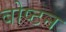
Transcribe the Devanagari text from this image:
बोष्टन